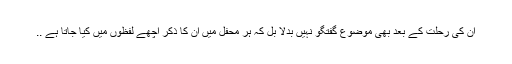
ان کی رحلت کے بعد بھی موضوع گفتگو نہیں بدلا بل کہ ہر محفل میں ان کا ذکر اچھے لفظوں میں کیا جاتا ہے ..